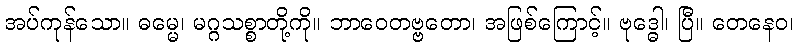
အပ်ကုန်သော။ ဓမ္မေ၊ မဂ္ဂသစ္စာတို့ကို။ ဘာဝေတဗ္ဗတော၊ အဖြစ်ကြောင့်။ ဗုဒ္ဓေါ၊ ပြီ။ တေနေဝ၊